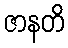
ဇာနတိ